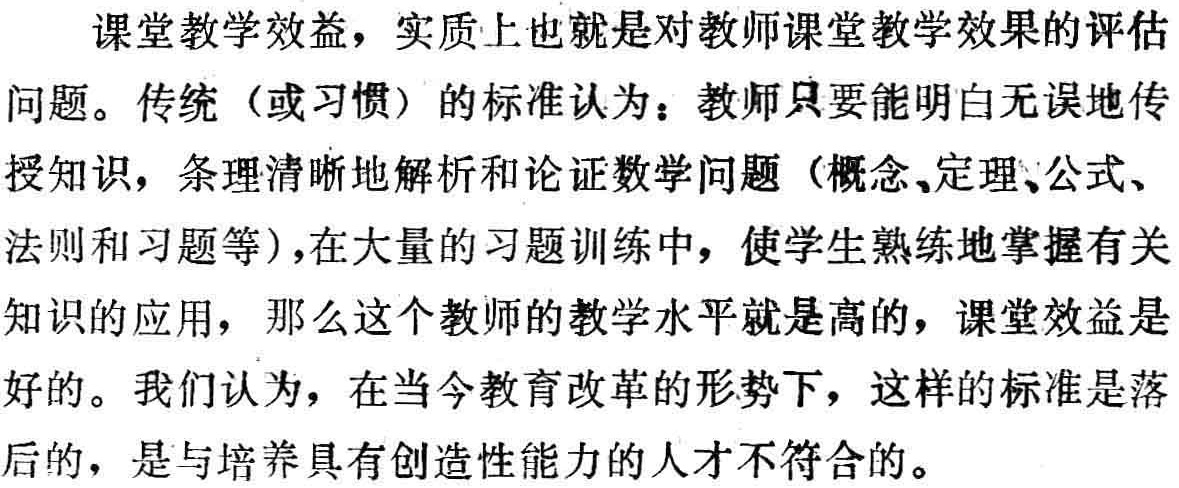
课堂教学效益，实质上也就是对教师课堂教学效果的评估
问题。传统（或习惯）的标准认为：教师只要能明白无误地传
授知识，条理清晰地解析和论证数学问题（概念、定理、公式、
法则和习题等），在大量的习题训练中，使学生熟练地掌握有关
知识的应用，那么这个教师的教学水平就是高的，课堂效益是
好的。我们认为，在当今教育改革的形势下，这样的标准是落
后的，是与培养具有创造性能力的人才不符合的。